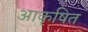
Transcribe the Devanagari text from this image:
आकृषित